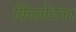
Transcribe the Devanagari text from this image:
किलोटन।